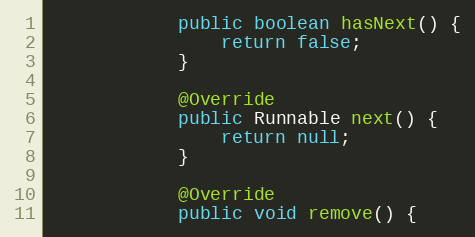
Language: Java
			public boolean hasNext() {
				return false;
			}

			@Override
			public Runnable next() {
				return null;
			}

			@Override
			public void remove() {